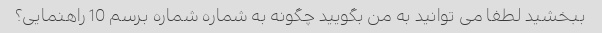
ببخشید لطفا می توانید به من بگویید چگونه به شماره شماره برسم 10 راهنمایی؟